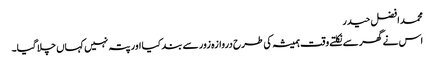
محمد افضل حیدر
اس نے گھر سے نکلتے وقت ہمیشہ کی طرح دروازہ زور سے بند کیا اور پتہ نہیں کہاں چلا گیا۔